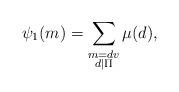
LaTeX: \begin{align*} \psi_1(m) = \sum_{\substack{ m = dv\\d \mid \Pi}} \mu(d),\end{align*}